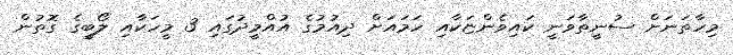
މިހާތަނަށް ސުނީތާވަނީ ކައިވެންޏަކާއި ހަމައަށް ދިއުމުގެ އުއްމީދުގައި 3 މީހަކާއި ލޯބީގެ ގޮތުން